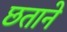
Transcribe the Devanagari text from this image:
छताने